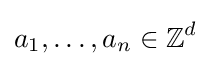
a_{1},\ldots ,a_{n}\in \mathbb {Z} ^{d}